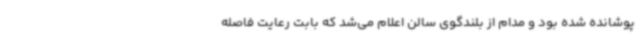
پوشانده شده بود و مدام از بلندگوی سالن اعلام می‌شد که بابت رعایت فاصله